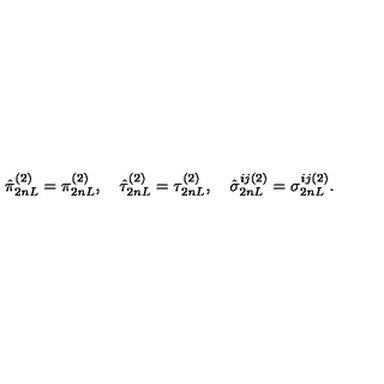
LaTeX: \hat { \pi } _ { 2 n L } ^ { ( 2 ) } = \pi _ { 2 n L } ^ { ( 2 ) } , \quad \hat { \tau } _ { 2 n L } ^ { ( 2 ) } = \tau _ { 2 n L } ^ { ( 2 ) } , \quad \hat { \sigma } _ { 2 n L } ^ { i j ( 2 ) } = \sigma _ { 2 n L } ^ { i j ( 2 ) } .